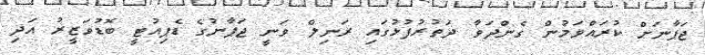
ޖަޕާނަށް ކުރައްވަމުން ގެންދަވާ ދަތުރުފުޅުގައި ރަނިލް ވަނީ ޖަޕާނުގެ ޑެޕިއުޓީ ބޮޑުވަޒީރު އަދި